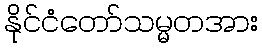
နိုင်ငံတော်သမ္မတအား